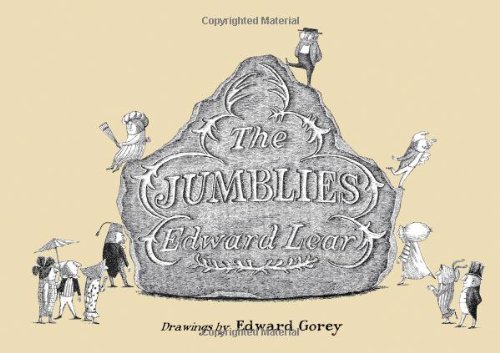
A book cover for The Jumblies; Edward Gorey; Humor & Entertainment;